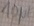
Text: 10µF